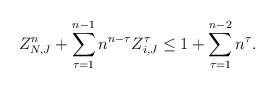
LaTeX: \begin{align*}Z_{N,J}^n+\sum_{\tau=1}^{n-1} n^{n-\tau} Z_{i,J}^\tau \leq 1+\sum_{\tau=1}^{n-2} n^{\tau}.\end{align*}